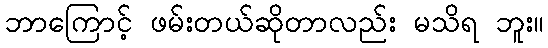
ဘာကြောင့် ဖမ်းတယ်ဆိုတာလည်း မသိရ ဘူး။